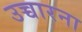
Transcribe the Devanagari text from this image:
उच्चारना